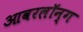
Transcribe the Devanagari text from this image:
आवरलॉन्ग